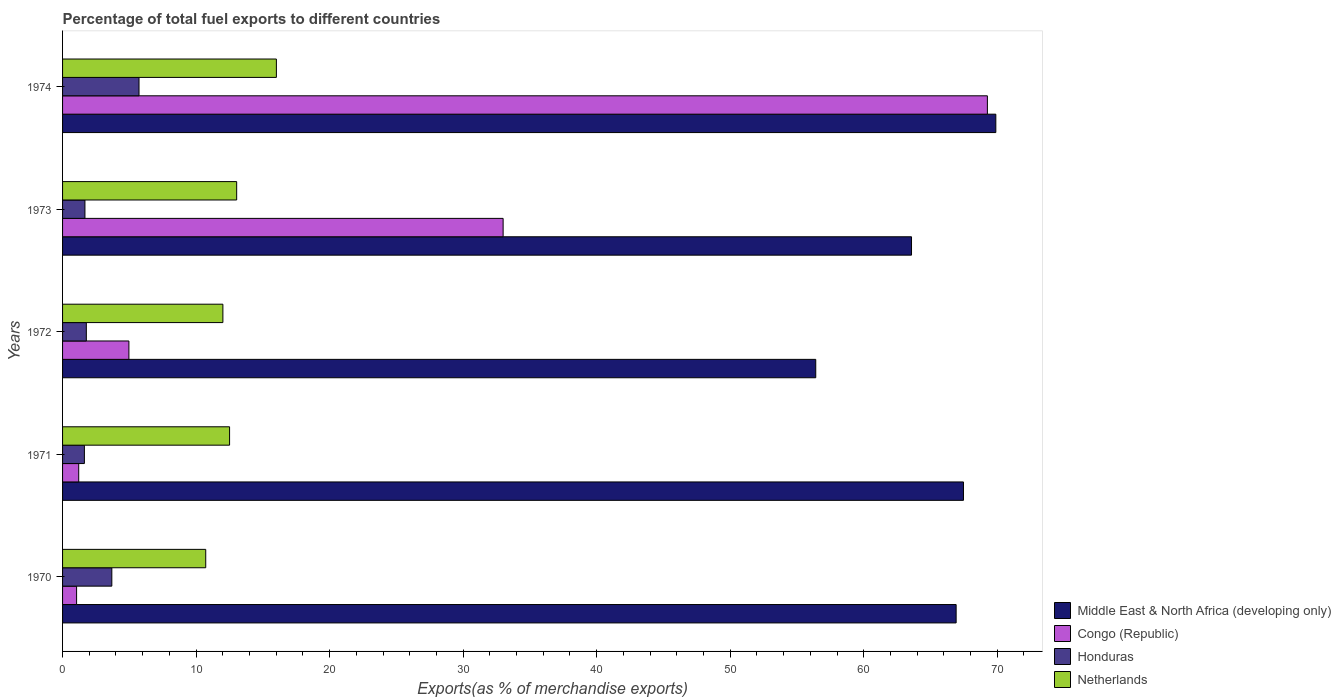
| Years | Middle East & North Africa (developing only) | Congo (Republic) | Honduras | Netherlands |
 | --- | --- | --- | --- | --- |
 | 1970 | 66.9 | 1.05 | 3.69 | 10.7 |
 | 1971 | 67.5 | 1.21 | 1.64 | 12.5 |
 | 1972 | 56.4 | 4.97 | 1.78 | 12 |
 | 1973 | 63.6 | 33 | 1.67 | 13 |
 | 1974 | 69.9 | 69.3 | 5.73 | 16 |